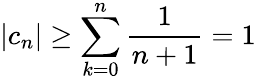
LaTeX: |c_{n}|\geq\sum_{k=0}^{n}{\frac{1}{n+1}}=1